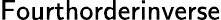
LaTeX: \textsf{Fourthorderinverse}